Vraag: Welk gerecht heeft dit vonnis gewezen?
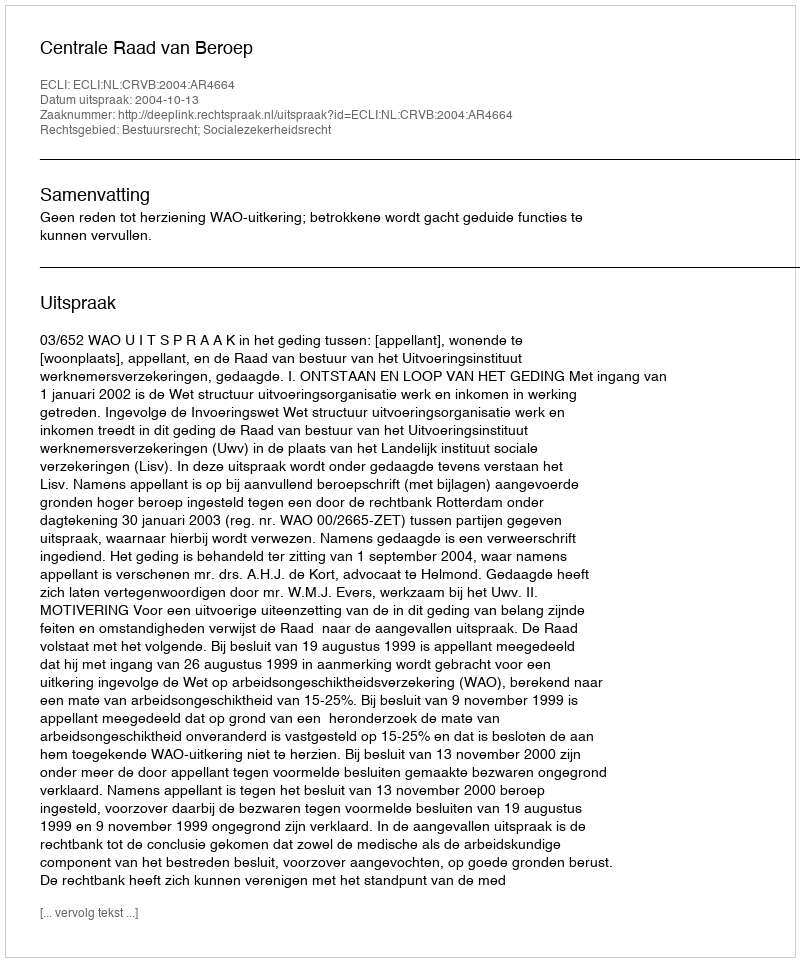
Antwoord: Centrale Raad van Beroep